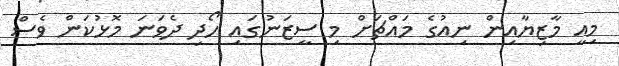
މިއީ މާޒިޔާއިން ނިއުގެ މައްޗަށް މި ސީޒަނުގައި ހޯދި ދެވަނަ މޮޅުކަން ވެސް